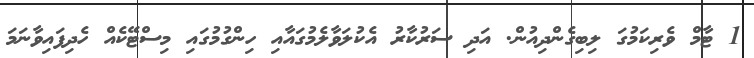
1 ޓާމް ވެރިކަމުގަ ލިބިގެންދިއުން. އަދި ސަރުކާރު އެކުލަވާލެމުގައާއި ހިންގުމުގައި މިސްޓޭކެއް ހެދިފައިވާނަމަ